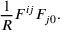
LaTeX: \frac { 1 } { R } F ^ { i j } F _ { j 0 } .